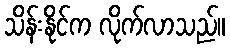
သိန်းနိုင်က လိုက်လာသည်။